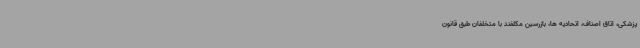
پزشکی، اتاق اصناف، اتحادیه ها، بازرسین مکلفند با متخلفان طبق قانون